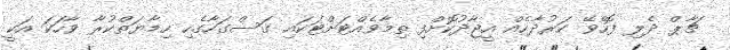
ޗާޕް ދެލި ފޮހެވޭ ކަރުދާހެއް އީޖާދުކޮށްފި ތިމާވެއްޓަށްޓަކައި ގަސްގަހާގެހި ހިމާޔަތްކުރާ ވާހަކަ އަކީ